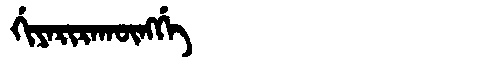
Manchu: ᡤᡳᠶᠠᡵᡳᡵᠠᡴᡡᠩᡤᡝ
Romanization: GIYARIRAKŪNGGE